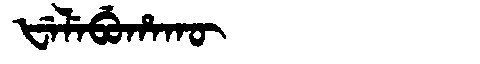
Manchu: ᡶᡝᠯᡝᠪᡠᡥᠠᡴᡡ
Romanization: FELEBUHAKŪ